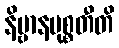
နိဗ္ဗာနမုစ္စတီတိ